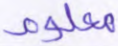
معلوم